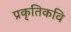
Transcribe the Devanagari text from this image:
प्रकृतिकवि